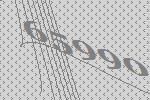
65990